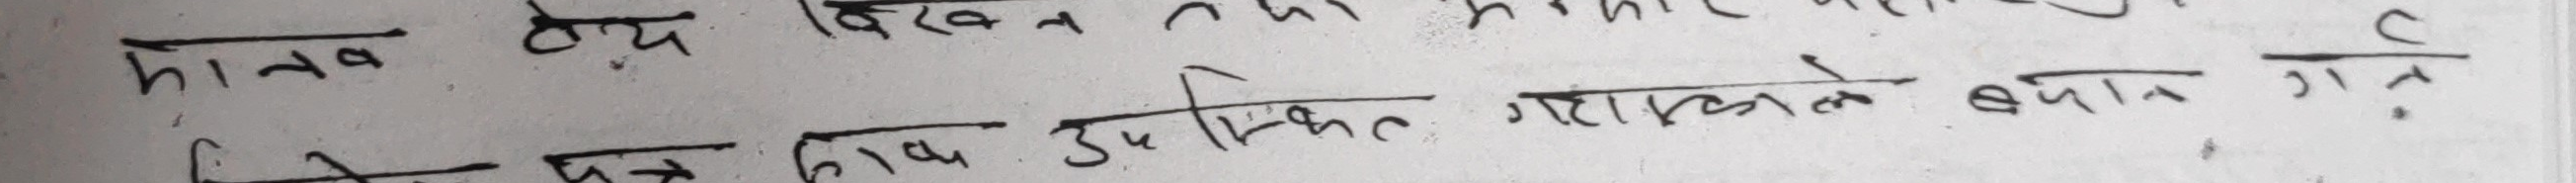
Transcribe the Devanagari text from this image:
मानव द्व्य दिखाउन तथा माटो

क्षेत्रफलका उत्पादन क्षमताको वर्णन गरौ।